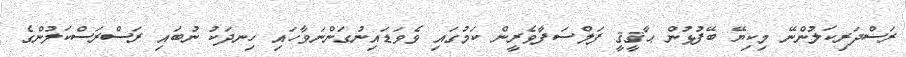
ރަސްދަރިކަލުންނޭ މިކިޔޭ ބޭފުޅުން ޙާޤީޤީ ފަލްސަފާވެރީން ކަމުގައި ވެވަޑައިނުގަންނަވާހައި ހިނދަކު ނުބައި ރަސްރަސްކަލުންގެ